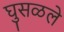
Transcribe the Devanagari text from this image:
घुसळले